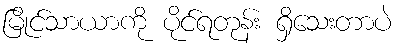
မြိုင်သာယာကို ပိုင်ရတုန်း ရှိသေးတာပဲ